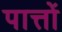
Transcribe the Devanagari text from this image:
पात्तों